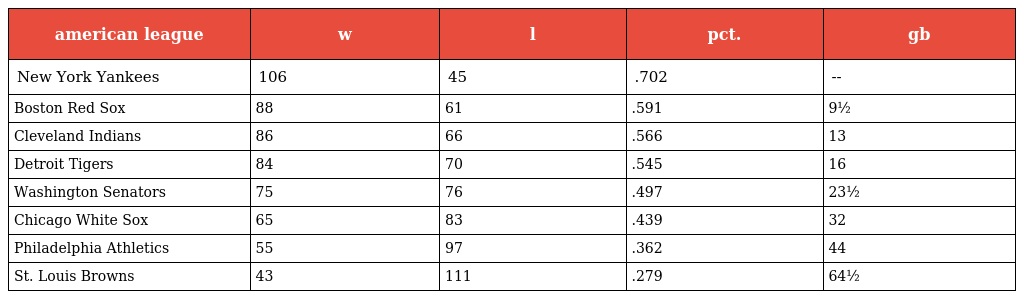
| american league | w | l | pct. | gb |
 | --- | --- | --- | --- | --- |
 | New York Yankees | 106 | 45 | .702 | -- |
 | Boston Red Sox | 88 | 61 | .591 | 9½ |
 | Cleveland Indians | 86 | 66 | .566 | 13 |
 | Detroit Tigers | 84 | 70 | .545 | 16 |
 | Washington Senators | 75 | 76 | .497 | 23½ |
 | Chicago White Sox | 65 | 83 | .439 | 32 |
 | Philadelphia Athletics | 55 | 97 | .362 | 44 |
 | St. Louis Browns | 43 | 111 | .279 | 64½ |